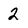
Character: 2